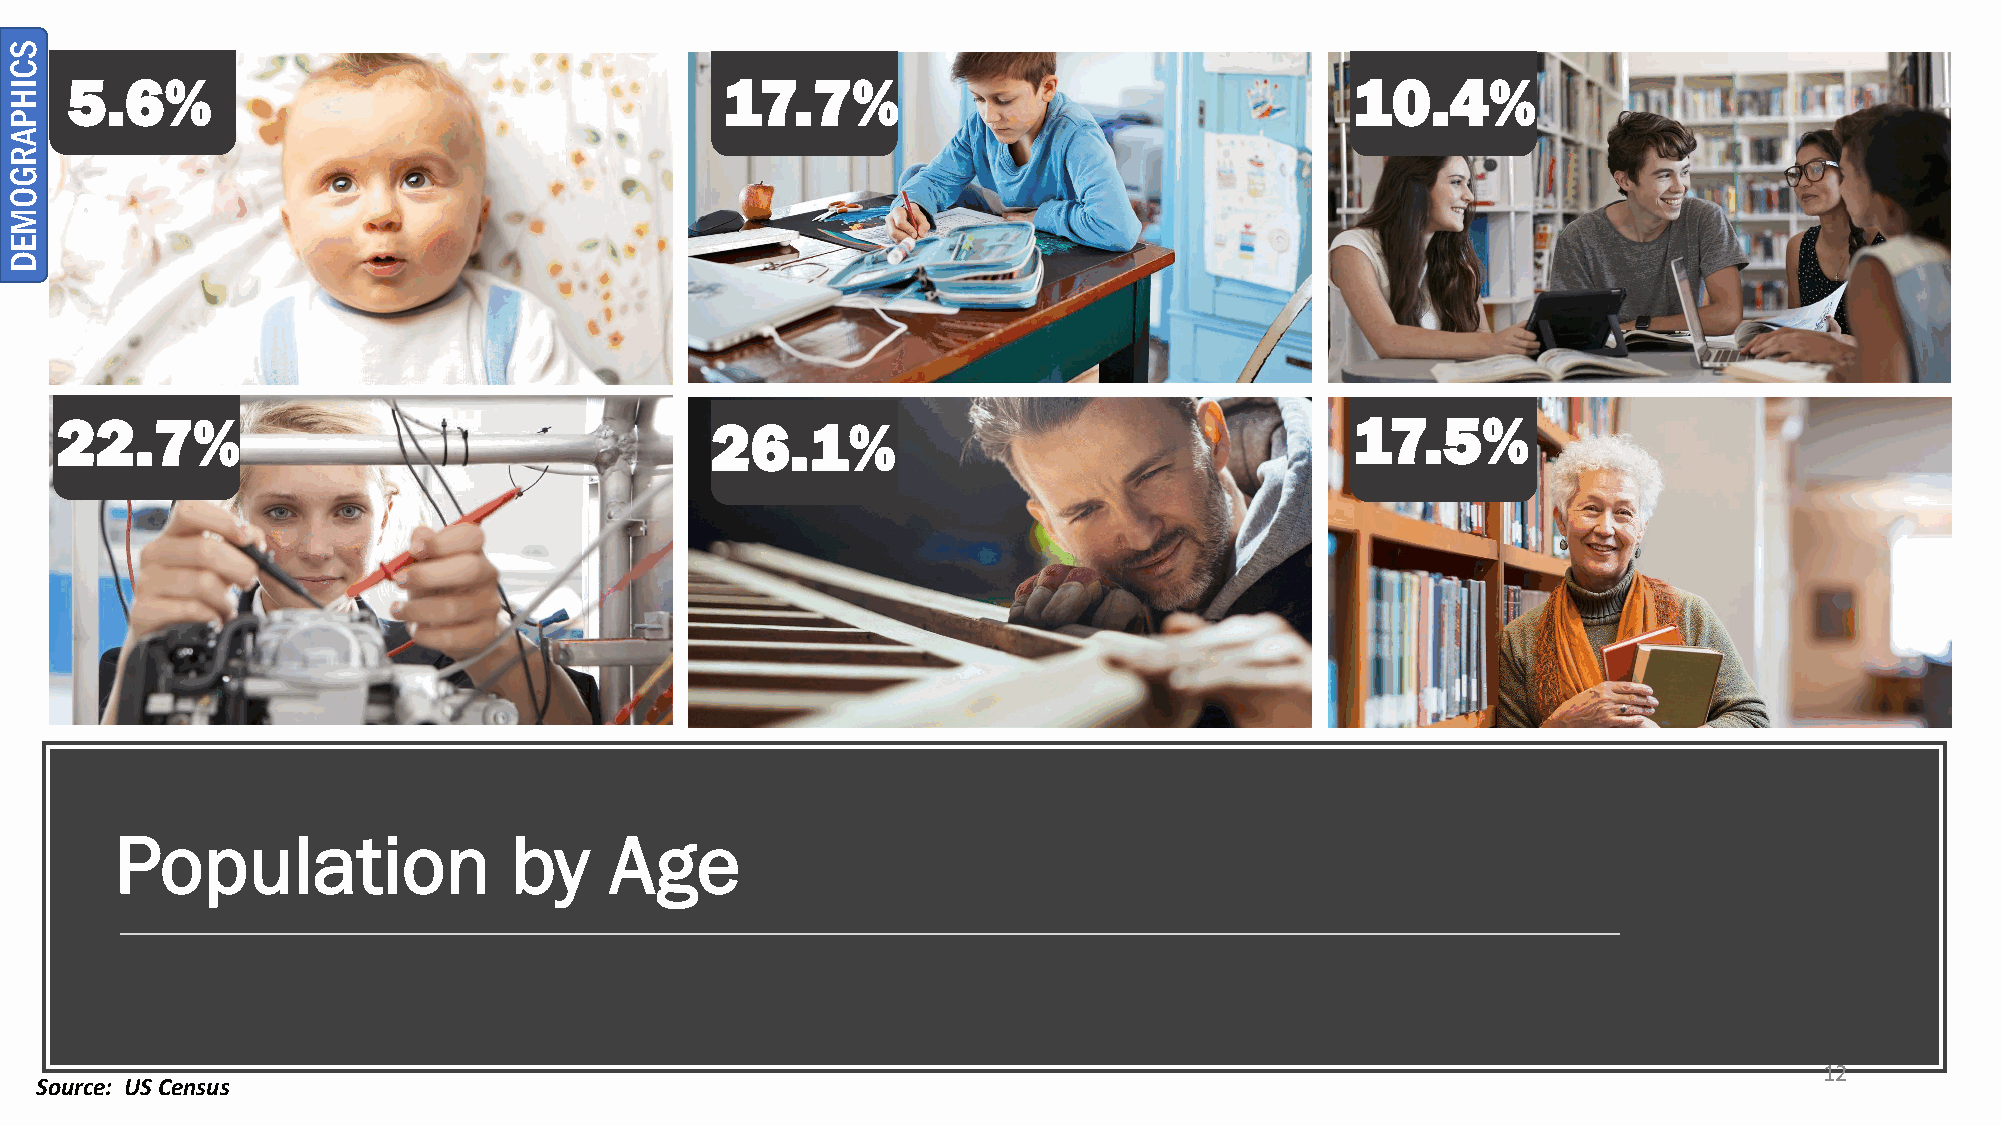
5.6%                                        17.7%                                     10.4%
 22.7%                                      26.1%                                      17.5%
 Population                by    Age
 12
 Source: US Census
 SCIHPARGOMED